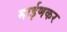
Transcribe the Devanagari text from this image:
माईणकर